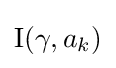
\operatorname {I} (\gamma ,a_{k})